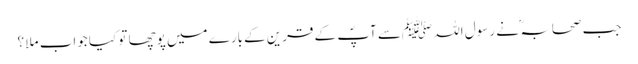
جب صحابہ ؓ نے رسول اللہ ﷺسے آپؐ کے قرین کےبارے میں پوچھا تو کیا جواب ملا ؟